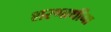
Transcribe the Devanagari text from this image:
शरणार्थींना